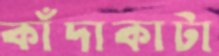
কাঁদাকাটা